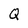
Character: Q